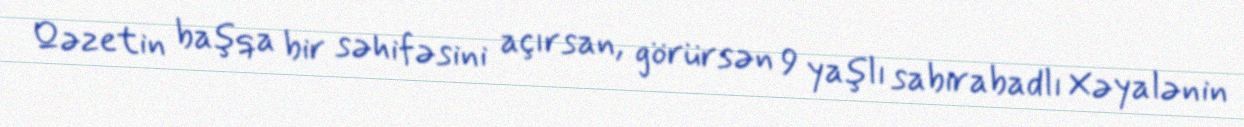
Qəzetin başqa bir səhifəsini açırsan, görürsən 9 yaşlı sabirabadlı Xəyalənin